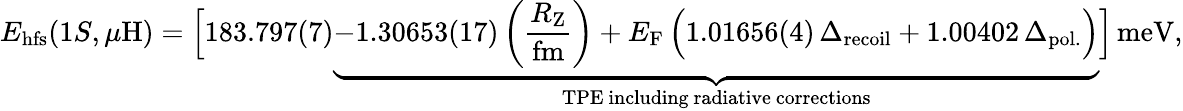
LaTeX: E_{\mathrm{hfs}}(1S,\mu\mathrm{H})=\Big[183.797(7)\underbrace{-1.30653(17)\left(\frac{R_{\mathrm{Z}}}{\mathrm{fm}}\right)+E_{\mathrm{F}}\, \Big(1.01656(4)\, \Delta_{\mathrm{recoil}}+1.00402\, \Delta_{\mathrm{pol.}}\Big)}_{\mathrm{TPE~including~radiative~corrections}}\Big]\, \mathrm{meV},